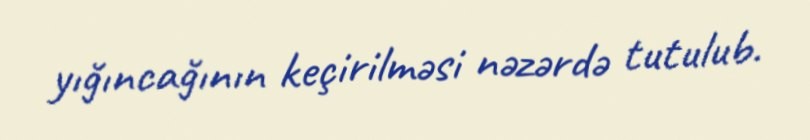
yığıncağının keçirilməsi nəzərdə tutulub.